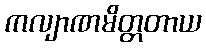
ကလျာဏမိတ္တတာယ